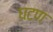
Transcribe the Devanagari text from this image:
घटण